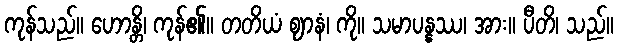
ကုန်သည်။ ဟောန္တိ၊ ကုန်၏။ တတိယံ ဈာနံ၊ ကို။ သမာပန္နဿ၊ အား။ ပီတိ၊ သည်။